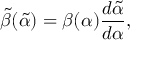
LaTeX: \tilde { \beta } ( \tilde { \alpha } ) = \beta ( \alpha ) \frac { d \tilde { \alpha } } { d \alpha } ,